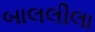
બાલલીલા